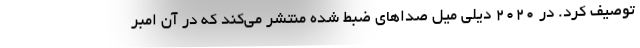
توصیف کرد. در ۲۰۲۰ دیلی میل صداهای ضبط شده منتشر می‌کند که در آن امبر